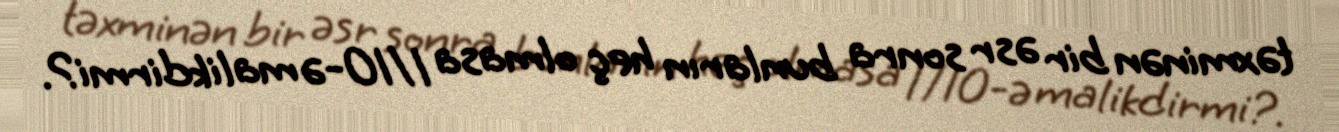
təxminən bir əsr sonra bunların heç olmasa 1/10-ə malikdirmi?.